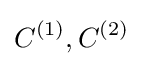
C^{(1)},C^{(2)}